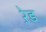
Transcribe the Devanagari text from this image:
ऱेड